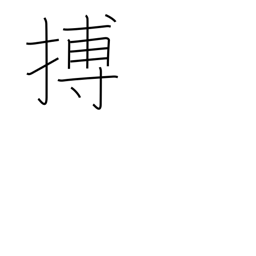
Meaning: spring upon